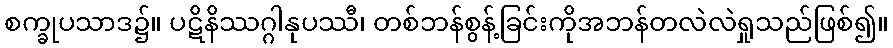
စက္ခုပသာဒ၌။ ပဋိနိဿဂ္ဂါနုပဿီ၊ တစ်ဘန်စွန့်ခြင်းကိုအဘန်တလဲလဲရှုသည်ဖြစ်၍။